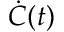
\dot { C } ( t )